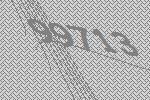
99713